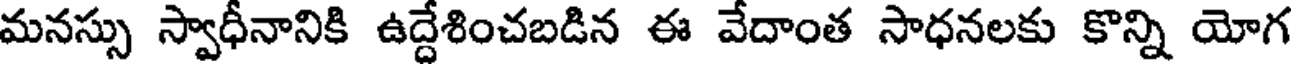
మనస్సు స్వాధీనానికి ఉద్దేశించబడిన ఈ వేదాంత సాధనలకు కొన్ని యోగ